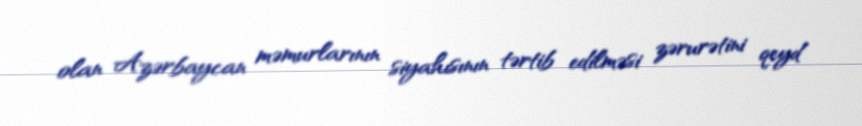
olan Azərbaycan məmurlarının siyahısının tərtib edilməsi zərurətini qeyd